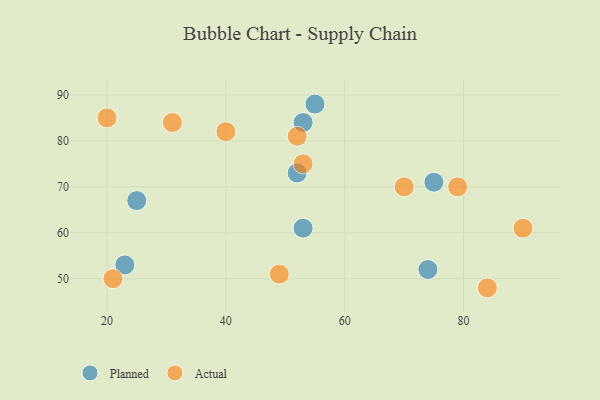
{"axis": {"x": "GDP", "y": "Life Expectancy"}, "legend": ["Actual", "Planned"], "data": [{"x": "53", "y": 61, "type": "Planned"}, {"x": "53", "y": 84, "type": "Planned"}, {"x": "25", "y": 67, "type": "Planned"}, {"x": "55", "y": 88, "type": "Planned"}, {"x": "23", "y": 53, "type": "Planned"}, {"x": "74", "y": 52, "type": "Planned"}, {"x": "52", "y": 73, "type": "Planned"}, {"x": "75", "y": 71, "type": "Planned"}, {"x": "20", "y": 85, "type": "Actual"}, {"x": "90", "y": 61, "type": "Actual"}, {"x": "21", "y": 50, "type": "Actual"}, {"x": "52", "y": 81, "type": "Actual"}, {"x": "49", "y": 51, "type": "Actual"}, {"x": "84", "y": 48, "type": "Actual"}, {"x": "40", "y": 82, "type": "Actual"}, {"x": "70", "y": 70, "type": "Actual"}, {"x": "79", "y": 70, "type": "Actual"}, {"x": "53", "y": 75, "type": "Actual"}, {"x": "31", "y": 84, "type": "Actual"}]}